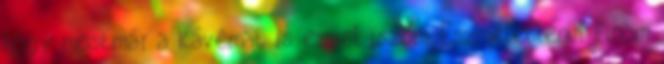
hogy mostmár a kávémat is ezzel iszom. Eszméletlenül finom